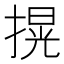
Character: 㨪